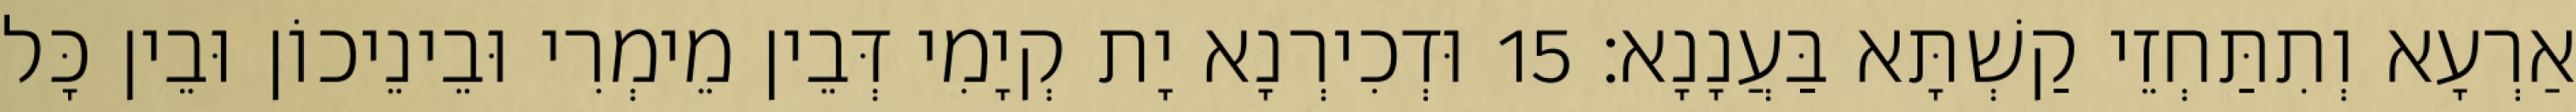
אַרְעָא וְתִתַּחְזֵי קַשְׁתָּא בַּעֲנָנָא׃ 15 וּדְכִירְנָא יָת קְיָמִי דְּבֵין מֵימְרִי וּבֵינֵיכוֹן וּבֵין כָּל